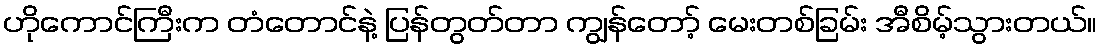
ဟိုကောင်ကြီးက တံတောင်နဲ့ ပြန်တွတ်တာ ကျွန်တော့် မေးတစ်ခြမ်း အီစိမ့်သွားတယ်။